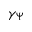
\gamma _ { \Psi }